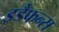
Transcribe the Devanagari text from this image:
इडैफन्स